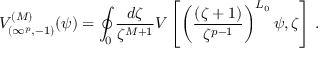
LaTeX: V _ { ( \infty ^ { p } , - 1 ) } ^ { ( M ) } ( \psi ) = \oint _ { 0 } \frac { d \zeta } { \zeta ^ { M + 1 } } V \left[ \left( \frac { ( \zeta + 1 ) } { \zeta ^ { p - 1 } } \right) ^ { L _ { 0 } } \psi , \zeta \right] \, .